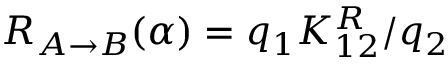
R _ { A \rightarrow B } ( \alpha ) = q _ { 1 } K _ { 1 2 } ^ { R } / q _ { 2 }